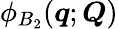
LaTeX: \phi_{B_{2}}(\boldsymbol{q};\boldsymbol{Q})